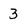
Character: 3